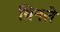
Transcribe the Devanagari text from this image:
ब्रिनले